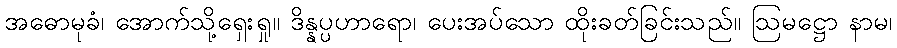
အဓောမုခံ၊ အောက်သို့ရှေးရှု။ ဒိန္နပ္ပဟာရော၊ ပေးအပ်သော ထိုးခတ်ခြင်းသည်။ ဩမဋ္ဌော နာမ၊